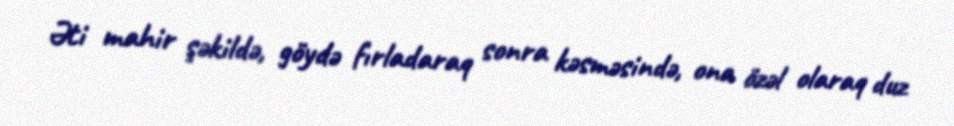
Əti mahir şəkildə, göydə fırladaraq sonra kəsməsində, ona özəl olaraq duz